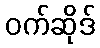
ဝက်ဆိုဒ်